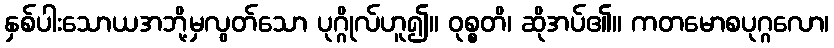
နှစ်ပါးသောယအဘို့မှလွတ်သော ပုဂ္ဂိုလ်ဟူ၍။ ဝုစ္စတိ၊ ဆိုအပ်၏။ ကတမောစပုဂ္ဂလော၊